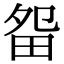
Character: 㽜